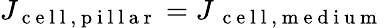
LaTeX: J_{\mathrm{~c~e~l~l~,~p~i~l~l~a~r~}}=J_{\mathrm{~\mathrm{~c~e~l~l~,~m~e~d~i~u~m~}~}}